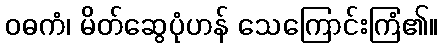
ဝဓကံ၊ မိတ်ဆွေပုံဟန် သေကြောင်းကြံ၏။